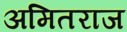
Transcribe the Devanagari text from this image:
अमितराज